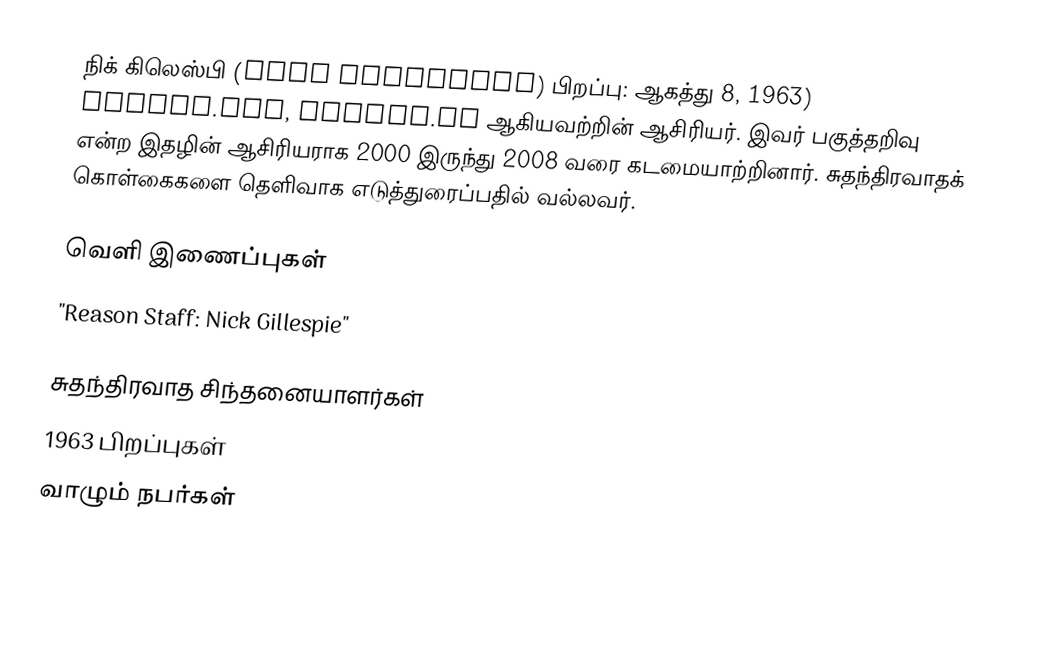
நிக் கிலெஸ்பி (Nick Gillespie) பிறப்பு: ஆகத்து 8, 1963) Reason.com, Reason.tv ஆகியவற்றின் ஆசிரியர். இவர் பகுத்தறிவு என்ற இதழின் ஆசிரியராக 2000 இருந்து 2008 வரை கடமையாற்றினார். சுதந்திரவாதக் கொள்கைகளை தெளிவாக எடுத்துரைப்பதில் வல்லவர்.

வெளி இணைப்புகள்
"Reason Staff: Nick Gillespie"

சுதந்திரவாத சிந்தனையாளர்கள்
1963 பிறப்புகள்
வாழும் நபர்கள்